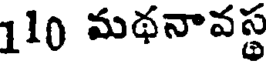
110 మథనావస్థ